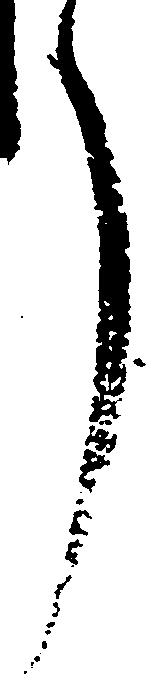
了